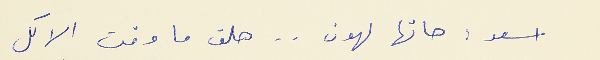
اسعد : هاتها لهون . . هلق ما وقت الاكل